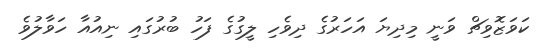
ކަވަޒޮވިޗް ވަނީ މިދިޔަ އަހަރުގެ ދިވެހި ލީގުގެ ފަހު ބުރުގައި ނިއުއާ ހަވާލުވެ